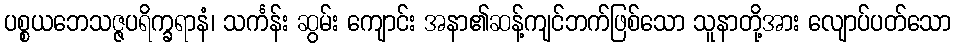
ပစ္စယဘေသဇ္ဇပရိက္ခရာနံ၊ သင်္ကန်း ဆွမ်း ကျောင်း အနာ၏ဆန့်ကျင်ဘက်ဖြစ်သော သူနာတို့အား လျောပ်ပတ်သော